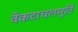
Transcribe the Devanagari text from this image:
वेंकटाचलमूर्ति